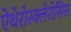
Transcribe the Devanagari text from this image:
ऐथेरोस्क्लेरोसिस